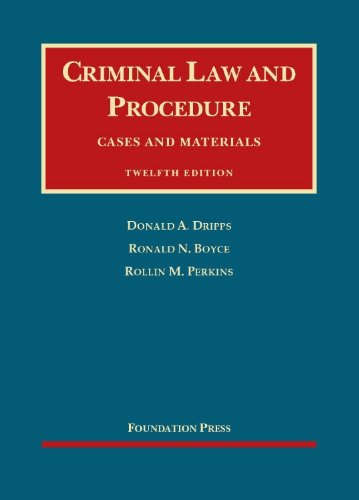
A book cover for Criminal Law and Procedure (University Casebook Series); Donald Dripps; Law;